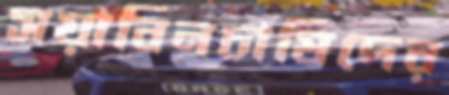
সয়াবিনচাষিদের